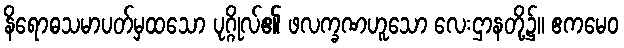
နိရောဓသမာပတ်မှထသော ပုဂ္ဂိုလ်၏ ဖလက္ခဏဟူသော လေးဌာနတို့၌။ ဧကမေဝ